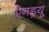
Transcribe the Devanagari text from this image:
ऐनड्रयू